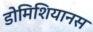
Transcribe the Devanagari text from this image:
डोमिशियानस